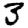
Digit: 3